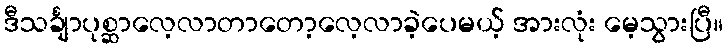
ဒီသင်္ချာပုစ္ဆာလေ့လာတာတော့လေ့လာခဲ့ပေမယ့် အားလုံး မေ့သွားပြီ။